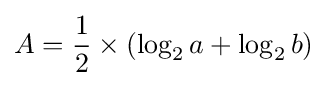
A={\frac {1}{2}}\times (\log _{2}a+\log _{2}b)